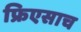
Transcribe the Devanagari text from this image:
फ्रिएसाच